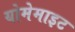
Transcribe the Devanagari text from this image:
योमेमाइट